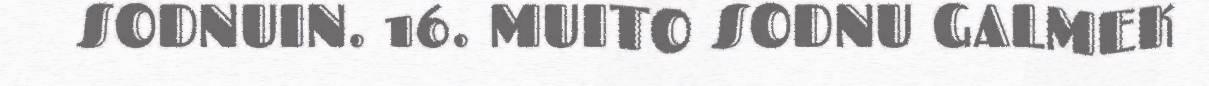
SODNUIN. 16. MUITO SODNU GALMEK